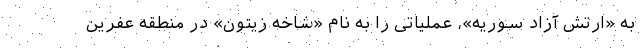
به «ارتش آزاد سوریه»، عملیاتی را به نام «شاخه زیتون» در منطقه عفرین